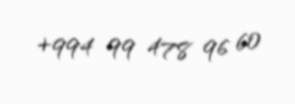
+994 99 478 96 60